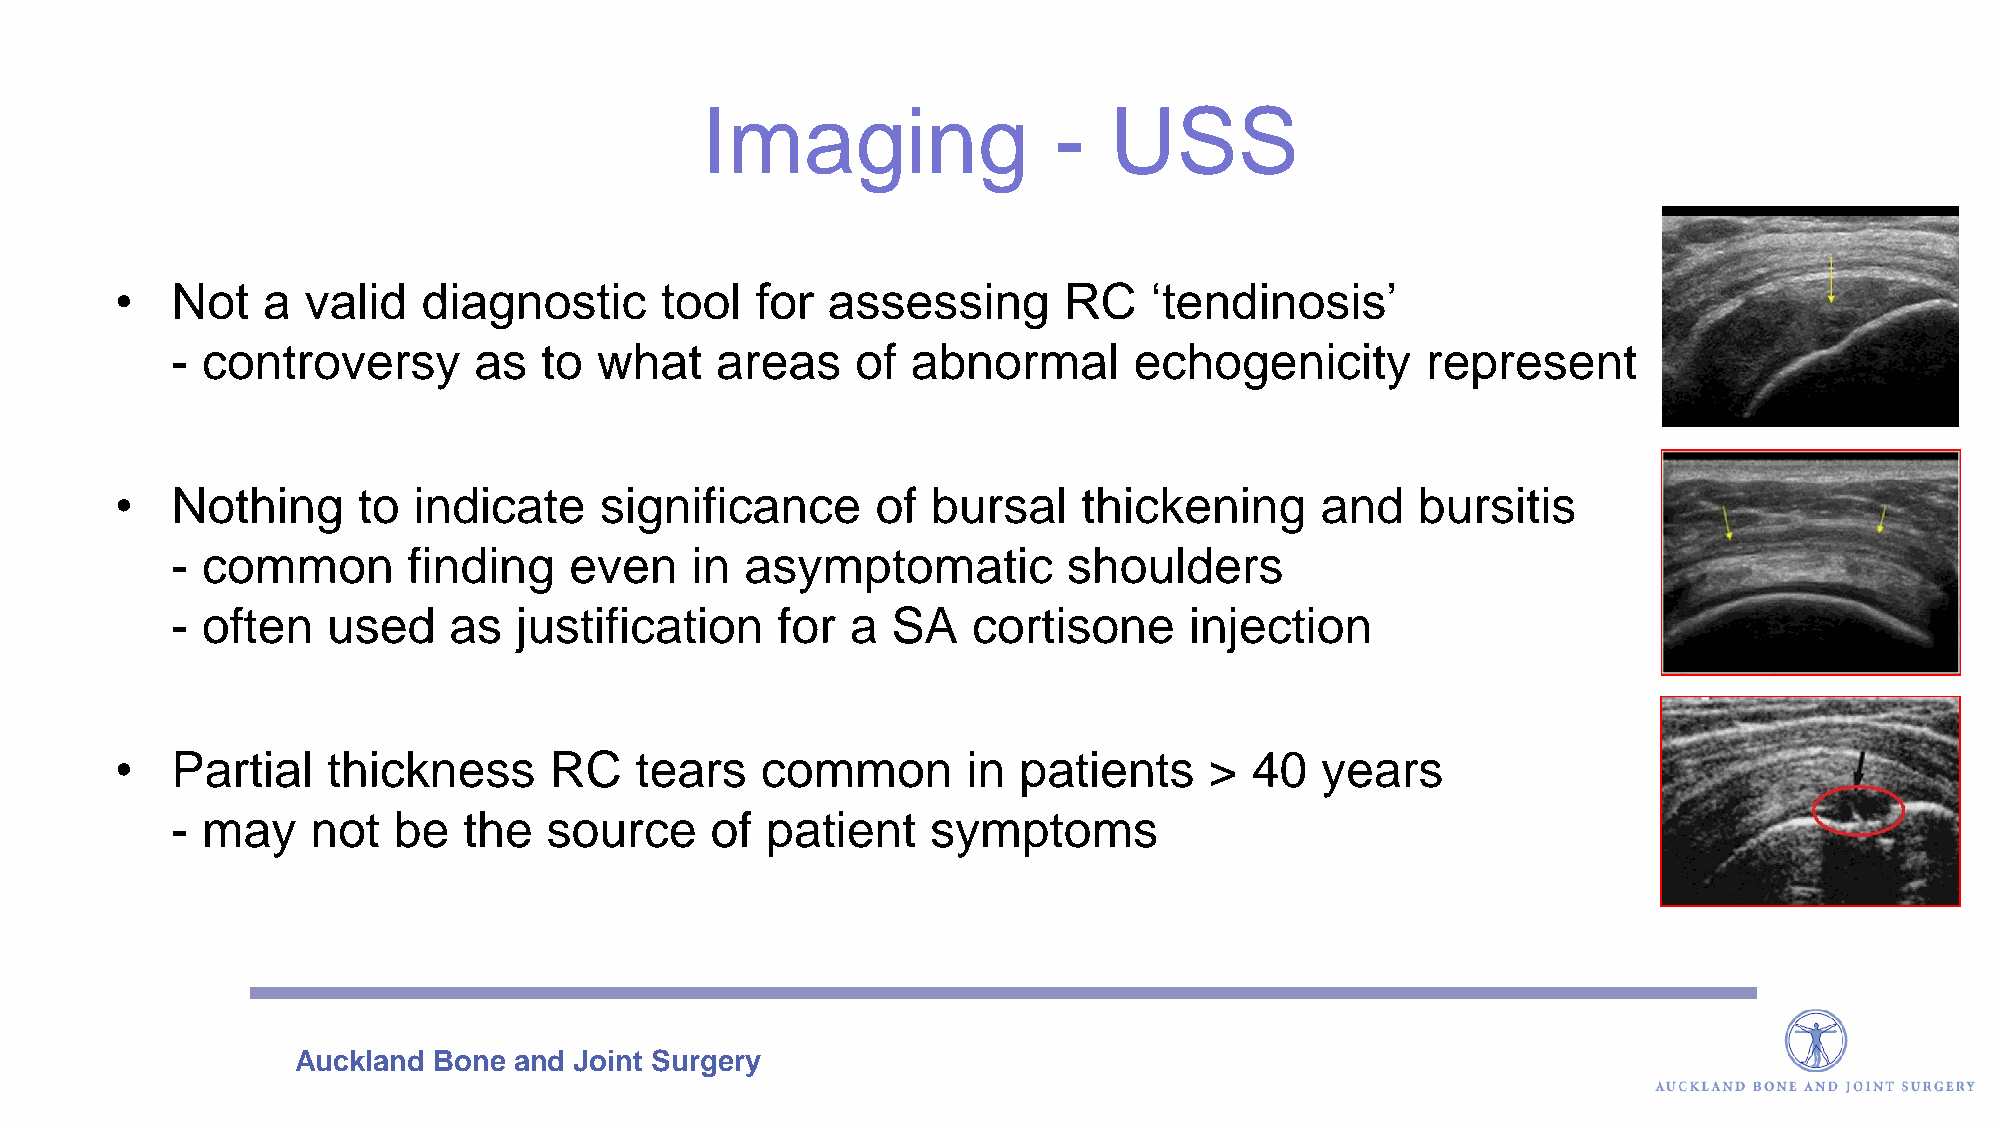
Imaging                 -  USS
 •  Not   a  valid   diagnostic      tool  for  assessing      RC    ‘tendinosis’
 - controversy       as   to what    areas     of abnormal       echogenicity       represent
 •  Nothing      to indicate     significance      of  bursal    thickening     and    bursitis
 - common        finding    even    in asymptomatic          shoulders
 - often    used    as  justification    for  a  SA   cortisone      injection
 •  Partial    thickness     RC    tears   common        in patients     >  40  years
 - may     not  be   the  source     of  patient    symptoms
 Auckland  Bone and Joint Surgery